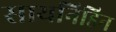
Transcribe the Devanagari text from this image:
सायनिडिन